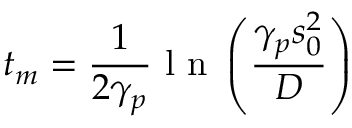
t _ { m } = \frac { 1 } { 2 \gamma _ { p } } \mathrm { ~ l ~ n ~ } \left( \frac { \gamma _ { p } s _ { 0 } ^ { 2 } } { D } \right)